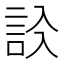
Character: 𧦁